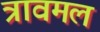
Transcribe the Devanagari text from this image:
त्रावमल